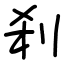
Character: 刹